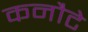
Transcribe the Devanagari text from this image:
कनौटे